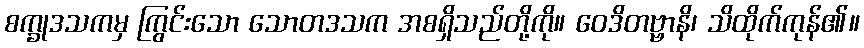
စက္ခုဒသကမှ ကြွင်းသော သောတဒသက အစရှိသည်တို့ကို။ ဝေဒိတဗ္ဗာနိ၊ သိထိုက်ကုန်၏။